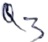
Text: Q3